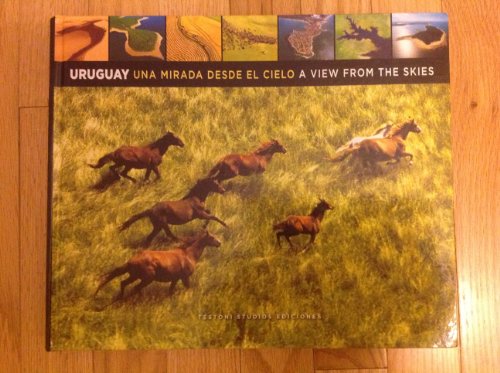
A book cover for Uruguay Una Mirada Desde El Cielo, A View From The Skies; Travel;